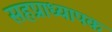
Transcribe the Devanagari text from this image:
सहप्राध्यापक